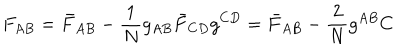
F _ { A B } = \bar { F } _ { A B } - \frac { 1 } { N } g _ { A B } \bar { F } _ { C D } g ^ { C D } = \bar { F } _ { A B } - \frac { 2 } { N } g ^ { A B } C